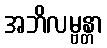
အဘိလမ္ဗန္တာ